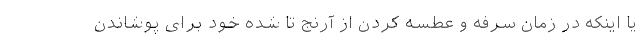
یا اینکه در زمان سرفه و عطسه کردن از آرنج تا شده خود برای پوشاندن